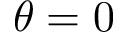
\theta = 0